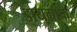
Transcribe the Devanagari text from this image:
डायग्राफ